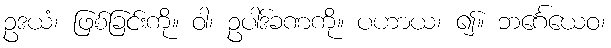
ဥဒယံ၊ ဖြစ်ခြင်းကို။ ဝါ၊ ဥပါဒ်ခဏကို။ ပဟာယ၊ ၍။ ဘင်္ဂေယေဝ၊